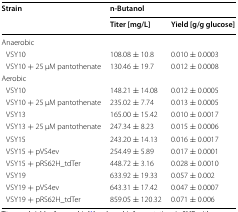
<table><thead><tr><td rowspan="2"><b>Strain</b></td><td colspan="2"><b>n-Butanol</b></td></tr><tr><td><b>Titer [mg/L]</b></td><td><b>Yield [g/g glucose]</b></td></tr></thead><tbody><tr><td colspan="3">Anaerobic</td></tr><tr><td> VSY10</td><td>108.08 ± 10.8</td><td>0.010 ± 0.0003</td></tr><tr><td> VSY10 + 25 μM pantothenate</td><td>130.46 ± 19.7</td><td>0.012 ± 0.0008</td></tr><tr><td colspan="3">Aerobic</td></tr><tr><td> VSY10</td><td>148.21 ± 14.08</td><td>0.012 ± 0.0005</td></tr><tr><td> VSY10 + 25 μM pantothenate</td><td>235.02 ± 7.74</td><td>0.013 ± 0.0005</td></tr><tr><td> VSY13</td><td>165.00 ± 15.42</td><td>0.010 ± 0.0017</td></tr><tr><td> VSY13 + 25 μM pantothenate</td><td>247.34 ± 8.23</td><td>0.015 ± 0.0006</td></tr><tr><td> VSY15</td><td>243.20 ± 14.13</td><td>0.016 ± 0.0017</td></tr><tr><td> VSY15 + pVS4ev</td><td>254.49 ± 5.89</td><td>0.017 ± 0.0001</td></tr><tr><td> VSY15 + pRS62H_tdTer</td><td>448.72 ± 3.16</td><td>0.028 ± 0.0010</td></tr><tr><td> VSY19</td><td>633.92 ± 19.33</td><td>0.057 ± 0.002</td></tr><tr><td> VSY19 + pVS4ev</td><td>643.31 ± 17.42</td><td>0.047 ± 0.0007</td></tr><tr><td> VSY19 + pRS62H_tdTer</td><td>859.05 ± 120.32</td><td>0.071 ± 0.006</td></tr></tbody></table>